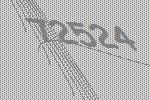
72524